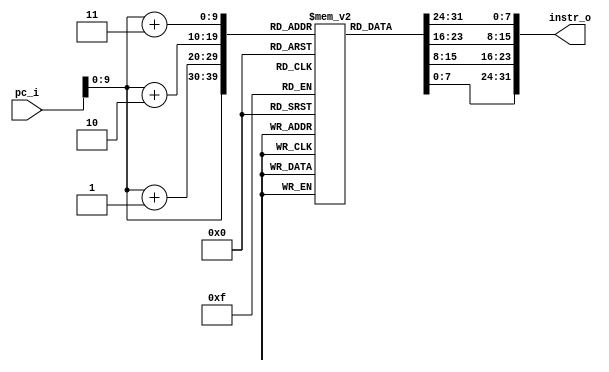
module inst_rom(
    input [63:0] pc_i,
    output [31:0] instr_o
);

    reg[7:0] instr_mem[1023:0];

    initial begin
        // 0000000000000000 <_start>:
        // 0x0: addi	x2,x0,512
        instr_mem[3] = 'h20;
        instr_mem[2] = 'h00;
        instr_mem[1] = 'h01;
        instr_mem[0] = 'h13;
        // 0x4: addi	x2,x2,-16
        instr_mem[7] = 'hff;
        instr_mem[6] = 'h01;
        instr_mem[5] = 'h01;
        instr_mem[4] = 'h13;
        // 0x8: sd	x1,8(x2)
        instr_mem[11] = 'h00;
        instr_mem[10] = 'h11;
        instr_mem[9] = 'h34;
        instr_mem[8] = 'h23;
        // 0xc: sd	x8,0(x2)
        instr_mem[15] = 'h00;
        instr_mem[14] = 'h81;
        instr_mem[13] = 'h30;
        instr_mem[12] = 'h23;
        // 0x10: addi	x8,x2,16
        instr_mem[19] = 'h01;
        instr_mem[18] = 'h01;
        instr_mem[17] = 'h04;
        instr_mem[16] = 'h13;
        // 0x14: addi	x11,x0,9
        instr_mem[23] = 'h00;
        instr_mem[22] = 'h90;
        instr_mem[21] = 'h05;
        instr_mem[20] = 'h93;
        // 0x18: lui	x15,0x1
        instr_mem[27] = 'h00;
        instr_mem[26] = 'h00;
        instr_mem[25] = 'h17;
        instr_mem[24] = 'hb7;
        // 0x1c: addi	x10,x15,712 # 12c8 <elements>
        instr_mem[31] = 'h2c;
        instr_mem[30] = 'h87;
        instr_mem[29] = 'h85;
        instr_mem[28] = 'h13;
        // 0x20: jal	x1,1fc <heap_sort>
        instr_mem[35] = 'h1d;
        instr_mem[34] = 'hc0;
        instr_mem[33] = 'h00;
        instr_mem[32] = 'hef;
        // 0x24: addi	x15,x0,0
        instr_mem[39] = 'h00;
        instr_mem[38] = 'h00;
        instr_mem[37] = 'h07;
        instr_mem[36] = 'h93;
        // 0x28: addi	x10,x15,0
        instr_mem[43] = 'h00;
        instr_mem[42] = 'h07;
        instr_mem[41] = 'h85;
        instr_mem[40] = 'h13;
        // 0x2c: ld	x1,8(x2)
        instr_mem[47] = 'h00;
        instr_mem[46] = 'h81;
        instr_mem[45] = 'h30;
        instr_mem[44] = 'h83;
        // 0x30: ld	x8,0(x2)
        instr_mem[51] = 'h00;
        instr_mem[50] = 'h01;
        instr_mem[49] = 'h34;
        instr_mem[48] = 'h03;
        // 0x34: addi	x2,x2,16
        instr_mem[55] = 'h01;
        instr_mem[54] = 'h01;
        instr_mem[53] = 'h01;
        instr_mem[52] = 'h13;
        // 0x38: jalr	x0,0(x1)
        instr_mem[59] = 'h00;
        instr_mem[58] = 'h00;
        instr_mem[57] = 'h80;
        instr_mem[56] = 'h67;
        // 000000000000003c <swap>:
        // 0x3c: addi	x2,x2,-32
        instr_mem[63] = 'hfe;
        instr_mem[62] = 'h01;
        instr_mem[61] = 'h01;
        instr_mem[60] = 'h13;
        // 0x40: sd	x8,24(x2)
        instr_mem[67] = 'h00;
        instr_mem[66] = 'h81;
        instr_mem[65] = 'h3c;
        instr_mem[64] = 'h23;
        // 0x44: sd	x9,16(x2)
        instr_mem[71] = 'h00;
        instr_mem[70] = 'h91;
        instr_mem[69] = 'h38;
        instr_mem[68] = 'h23;
        // 0x48: addi	x8,x2,32
        instr_mem[75] = 'h02;
        instr_mem[74] = 'h01;
        instr_mem[73] = 'h04;
        instr_mem[72] = 'h13;
        // 0x4c: sd	x10,-24(x8)
        instr_mem[79] = 'hfe;
        instr_mem[78] = 'ha4;
        instr_mem[77] = 'h34;
        instr_mem[76] = 'h23;
        // 0x50: addi	x15,x11,0
        instr_mem[83] = 'h00;
        instr_mem[82] = 'h05;
        instr_mem[81] = 'h87;
        instr_mem[80] = 'h93;
        // 0x54: addi	x14,x12,0
        instr_mem[87] = 'h00;
        instr_mem[86] = 'h06;
        instr_mem[85] = 'h07;
        instr_mem[84] = 'h13;
        // 0x58: sw	x15,-28(x8)
        instr_mem[91] = 'hfe;
        instr_mem[90] = 'hf4;
        instr_mem[89] = 'h22;
        instr_mem[88] = 'h23;
        // 0x5c: addi	x15,x14,0
        instr_mem[95] = 'h00;
        instr_mem[94] = 'h07;
        instr_mem[93] = 'h07;
        instr_mem[92] = 'h93;
        // 0x60: sw	x15,-32(x8)
        instr_mem[99] = 'hfe;
        instr_mem[98] = 'hf4;
        instr_mem[97] = 'h20;
        instr_mem[96] = 'h23;
        // 0x64: lw	x15,-28(x8)
        instr_mem[103] = 'hfe;
        instr_mem[102] = 'h44;
        instr_mem[101] = 'h27;
        instr_mem[100] = 'h83;
        // 0x68: slli	x15,x15,0x2
        instr_mem[107] = 'h00;
        instr_mem[106] = 'h27;
        instr_mem[105] = 'h97;
        instr_mem[104] = 'h93;
        // 0x6c: ld	x14,-24(x8)
        instr_mem[111] = 'hfe;
        instr_mem[110] = 'h84;
        instr_mem[109] = 'h37;
        instr_mem[108] = 'h03;
        // 0x70: add	x15,x14,x15
        instr_mem[115] = 'h00;
        instr_mem[114] = 'hf7;
        instr_mem[113] = 'h07;
        instr_mem[112] = 'hb3;
        // 0x74: lw	x9,0(x15)
        instr_mem[119] = 'h00;
        instr_mem[118] = 'h07;
        instr_mem[117] = 'ha4;
        instr_mem[116] = 'h83;
        // 0x78: lw	x15,-32(x8)
        instr_mem[123] = 'hfe;
        instr_mem[122] = 'h04;
        instr_mem[121] = 'h27;
        instr_mem[120] = 'h83;
        // 0x7c: slli	x15,x15,0x2
        instr_mem[127] = 'h00;
        instr_mem[126] = 'h27;
        instr_mem[125] = 'h97;
        instr_mem[124] = 'h93;
        // 0x80: ld	x14,-24(x8)
        instr_mem[131] = 'hfe;
        instr_mem[130] = 'h84;
        instr_mem[129] = 'h37;
        instr_mem[128] = 'h03;
        // 0x84: add	x14,x14,x15
        instr_mem[135] = 'h00;
        instr_mem[134] = 'hf7;
        instr_mem[133] = 'h07;
        instr_mem[132] = 'h33;
        // 0x88: lw	x15,-28(x8)
        instr_mem[139] = 'hfe;
        instr_mem[138] = 'h44;
        instr_mem[137] = 'h27;
        instr_mem[136] = 'h83;
        // 0x8c: slli	x15,x15,0x2
        instr_mem[143] = 'h00;
        instr_mem[142] = 'h27;
        instr_mem[141] = 'h97;
        instr_mem[140] = 'h93;
        // 0x90: ld	x13,-24(x8)
        instr_mem[147] = 'hfe;
        instr_mem[146] = 'h84;
        instr_mem[145] = 'h36;
        instr_mem[144] = 'h83;
        // 0x94: add	x15,x13,x15
        instr_mem[151] = 'h00;
        instr_mem[150] = 'hf6;
        instr_mem[149] = 'h87;
        instr_mem[148] = 'hb3;
        // 0x98: lw	x14,0(x14)
        instr_mem[155] = 'h00;
        instr_mem[154] = 'h07;
        instr_mem[153] = 'h27;
        instr_mem[152] = 'h03;
        // 0x9c: sw	x14,0(x15)
        instr_mem[159] = 'h00;
        instr_mem[158] = 'he7;
        instr_mem[157] = 'ha0;
        instr_mem[156] = 'h23;
        // 0xa0: lw	x15,-32(x8)
        instr_mem[163] = 'hfe;
        instr_mem[162] = 'h04;
        instr_mem[161] = 'h27;
        instr_mem[160] = 'h83;
        // 0xa4: slli	x15,x15,0x2
        instr_mem[167] = 'h00;
        instr_mem[166] = 'h27;
        instr_mem[165] = 'h97;
        instr_mem[164] = 'h93;
        // 0xa8: ld	x14,-24(x8)
        instr_mem[171] = 'hfe;
        instr_mem[170] = 'h84;
        instr_mem[169] = 'h37;
        instr_mem[168] = 'h03;
        // 0xac: add	x15,x14,x15
        instr_mem[175] = 'h00;
        instr_mem[174] = 'hf7;
        instr_mem[173] = 'h07;
        instr_mem[172] = 'hb3;
        // 0xb0: sw	x9,0(x15)
        instr_mem[179] = 'h00;
        instr_mem[178] = 'h97;
        instr_mem[177] = 'ha0;
        instr_mem[176] = 'h23;
        // 0xb4: addi	x0,x0,0
        instr_mem[183] = 'h00;
        instr_mem[182] = 'h00;
        instr_mem[181] = 'h00;
        instr_mem[180] = 'h13;
        // 0xb8: ld	x8,24(x2)
        instr_mem[187] = 'h01;
        instr_mem[186] = 'h81;
        instr_mem[185] = 'h34;
        instr_mem[184] = 'h03;
        // 0xbc: ld	x9,16(x2)
        instr_mem[191] = 'h01;
        instr_mem[190] = 'h01;
        instr_mem[189] = 'h34;
        instr_mem[188] = 'h83;
        // 0xc0: addi	x2,x2,32
        instr_mem[195] = 'h02;
        instr_mem[194] = 'h01;
        instr_mem[193] = 'h01;
        instr_mem[192] = 'h13;
        // 0xc4: jalr	x0,0(x1)
        instr_mem[199] = 'h00;
        instr_mem[198] = 'h00;
        instr_mem[197] = 'h80;
        instr_mem[196] = 'h67;
        // 00000000000000c8 <adjust>:
        // 0xc8: addi	x2,x2,-48
        instr_mem[203] = 'hfd;
        instr_mem[202] = 'h01;
        instr_mem[201] = 'h01;
        instr_mem[200] = 'h13;
        // 0xcc: sd	x8,40(x2)
        instr_mem[207] = 'h02;
        instr_mem[206] = 'h81;
        instr_mem[205] = 'h34;
        instr_mem[204] = 'h23;
        // 0xd0: sd	x9,32(x2)
        instr_mem[211] = 'h02;
        instr_mem[210] = 'h91;
        instr_mem[209] = 'h30;
        instr_mem[208] = 'h23;
        // 0xd4: sd	x18,24(x2)
        instr_mem[215] = 'h01;
        instr_mem[214] = 'h21;
        instr_mem[213] = 'h3c;
        instr_mem[212] = 'h23;
        // 0xd8: addi	x8,x2,48
        instr_mem[219] = 'h03;
        instr_mem[218] = 'h01;
        instr_mem[217] = 'h04;
        instr_mem[216] = 'h13;
        // 0xdc: sd	x10,-40(x8)
        instr_mem[223] = 'hfc;
        instr_mem[222] = 'ha4;
        instr_mem[221] = 'h3c;
        instr_mem[220] = 'h23;
        // 0xe0: addi	x15,x11,0
        instr_mem[227] = 'h00;
        instr_mem[226] = 'h05;
        instr_mem[225] = 'h87;
        instr_mem[224] = 'h93;
        // 0xe4: addi	x14,x12,0
        instr_mem[231] = 'h00;
        instr_mem[230] = 'h06;
        instr_mem[229] = 'h07;
        instr_mem[228] = 'h13;
        // 0xe8: sw	x15,-44(x8)
        instr_mem[235] = 'hfc;
        instr_mem[234] = 'hf4;
        instr_mem[233] = 'h2a;
        instr_mem[232] = 'h23;
        // 0xec: addi	x15,x14,0
        instr_mem[239] = 'h00;
        instr_mem[238] = 'h07;
        instr_mem[237] = 'h07;
        instr_mem[236] = 'h93;
        // 0xf0: sw	x15,-48(x8)
        instr_mem[243] = 'hfc;
        instr_mem[242] = 'hf4;
        instr_mem[241] = 'h28;
        instr_mem[240] = 'h23;
        // 0xf4: lw	x15,-44(x8)
        instr_mem[247] = 'hfd;
        instr_mem[246] = 'h44;
        instr_mem[245] = 'h27;
        instr_mem[244] = 'h83;
        // 0xf8: slli	x15,x15,0x2
        instr_mem[251] = 'h00;
        instr_mem[250] = 'h27;
        instr_mem[249] = 'h97;
        instr_mem[248] = 'h93;
        // 0xfc: ld	x14,-40(x8)
        instr_mem[255] = 'hfd;
        instr_mem[254] = 'h84;
        instr_mem[253] = 'h37;
        instr_mem[252] = 'h03;
        // 0x100: add	x15,x14,x15
        instr_mem[259] = 'h00;
        instr_mem[258] = 'hf7;
        instr_mem[257] = 'h07;
        instr_mem[256] = 'hb3;
        // 0x104: lw	x18,0(x15)
        instr_mem[263] = 'h00;
        instr_mem[262] = 'h07;
        instr_mem[261] = 'ha9;
        instr_mem[260] = 'h03;
        // 0x108: lw	x15,-44(x8)
        instr_mem[267] = 'hfd;
        instr_mem[266] = 'h44;
        instr_mem[265] = 'h27;
        instr_mem[264] = 'h83;
        // 0x10c: slliw	x15,x15,0x1
        instr_mem[271] = 'h00;
        instr_mem[270] = 'h17;
        instr_mem[269] = 'h97;
        instr_mem[268] = 'h9b;
        // 0x110: addiw	x9,x15,0
        instr_mem[275] = 'h00;
        instr_mem[274] = 'h07;
        instr_mem[273] = 'h84;
        instr_mem[272] = 'h9b;
        // 0x114: jal	x0,1b4 <adjust+0xec>
        instr_mem[279] = 'h0a;
        instr_mem[278] = 'h00;
        instr_mem[277] = 'h00;
        instr_mem[276] = 'h6f;
        // 0x118: lw	x15,-48(x8)
        instr_mem[283] = 'hfd;
        instr_mem[282] = 'h04;
        instr_mem[281] = 'h27;
        instr_mem[280] = 'h83;
        // 0x11c: addiw	x15,x15,0
        instr_mem[287] = 'h00;
        instr_mem[286] = 'h07;
        instr_mem[285] = 'h87;
        instr_mem[284] = 'h9b;
        // 0x120: addi	x14,x9,0
        instr_mem[291] = 'h00;
        instr_mem[290] = 'h04;
        instr_mem[289] = 'h87;
        instr_mem[288] = 'h13;
        // 0x124: bge	x14,x15,164 <adjust+0x9c>
        instr_mem[295] = 'h04;
        instr_mem[294] = 'hf7;
        instr_mem[293] = 'h50;
        instr_mem[292] = 'h63;
        // 0x128: addi	x15,x9,0
        instr_mem[299] = 'h00;
        instr_mem[298] = 'h04;
        instr_mem[297] = 'h87;
        instr_mem[296] = 'h93;
        // 0x12c: slli	x15,x15,0x2
        instr_mem[303] = 'h00;
        instr_mem[302] = 'h27;
        instr_mem[301] = 'h97;
        instr_mem[300] = 'h93;
        // 0x130: ld	x14,-40(x8)
        instr_mem[307] = 'hfd;
        instr_mem[306] = 'h84;
        instr_mem[305] = 'h37;
        instr_mem[304] = 'h03;
        // 0x134: add	x15,x14,x15
        instr_mem[311] = 'h00;
        instr_mem[310] = 'hf7;
        instr_mem[309] = 'h07;
        instr_mem[308] = 'hb3;
        // 0x138: lw	x13,0(x15)
        instr_mem[315] = 'h00;
        instr_mem[314] = 'h07;
        instr_mem[313] = 'ha6;
        instr_mem[312] = 'h83;
        // 0x13c: addi	x15,x9,0
        instr_mem[319] = 'h00;
        instr_mem[318] = 'h04;
        instr_mem[317] = 'h87;
        instr_mem[316] = 'h93;
        // 0x140: addi	x15,x15,1
        instr_mem[323] = 'h00;
        instr_mem[322] = 'h17;
        instr_mem[321] = 'h87;
        instr_mem[320] = 'h93;
        // 0x144: slli	x15,x15,0x2
        instr_mem[327] = 'h00;
        instr_mem[326] = 'h27;
        instr_mem[325] = 'h97;
        instr_mem[324] = 'h93;
        // 0x148: ld	x14,-40(x8)
        instr_mem[331] = 'hfd;
        instr_mem[330] = 'h84;
        instr_mem[329] = 'h37;
        instr_mem[328] = 'h03;
        // 0x14c: add	x15,x14,x15
        instr_mem[335] = 'h00;
        instr_mem[334] = 'hf7;
        instr_mem[333] = 'h07;
        instr_mem[332] = 'hb3;
        // 0x150: lw	x15,0(x15)
        instr_mem[339] = 'h00;
        instr_mem[338] = 'h07;
        instr_mem[337] = 'ha7;
        instr_mem[336] = 'h83;
        // 0x154: addi	x14,x13,0
        instr_mem[343] = 'h00;
        instr_mem[342] = 'h06;
        instr_mem[341] = 'h87;
        instr_mem[340] = 'h13;
        // 0x158: bge	x14,x15,164 <adjust+0x9c>
        instr_mem[347] = 'h00;
        instr_mem[346] = 'hf7;
        instr_mem[345] = 'h56;
        instr_mem[344] = 'h63;
        // 0x15c: addiw	x15,x9,1
        instr_mem[351] = 'h00;
        instr_mem[350] = 'h14;
        instr_mem[349] = 'h87;
        instr_mem[348] = 'h9b;
        // 0x160: addiw	x9,x15,0
        instr_mem[355] = 'h00;
        instr_mem[354] = 'h07;
        instr_mem[353] = 'h84;
        instr_mem[352] = 'h9b;
        // 0x164: addi	x15,x9,0
        instr_mem[359] = 'h00;
        instr_mem[358] = 'h04;
        instr_mem[357] = 'h87;
        instr_mem[356] = 'h93;
        // 0x168: slli	x15,x15,0x2
        instr_mem[363] = 'h00;
        instr_mem[362] = 'h27;
        instr_mem[361] = 'h97;
        instr_mem[360] = 'h93;
        // 0x16c: ld	x14,-40(x8)
        instr_mem[367] = 'hfd;
        instr_mem[366] = 'h84;
        instr_mem[365] = 'h37;
        instr_mem[364] = 'h03;
        // 0x170: add	x15,x14,x15
        instr_mem[371] = 'h00;
        instr_mem[370] = 'hf7;
        instr_mem[369] = 'h07;
        instr_mem[368] = 'hb3;
        // 0x174: lw	x15,0(x15)
        instr_mem[375] = 'h00;
        instr_mem[374] = 'h07;
        instr_mem[373] = 'ha7;
        instr_mem[372] = 'h83;
        // 0x178: addi	x14,x18,0
        instr_mem[379] = 'h00;
        instr_mem[378] = 'h09;
        instr_mem[377] = 'h07;
        instr_mem[376] = 'h13;
        // 0x17c: blt	x15,x14,1c8 <adjust+0x100>
        instr_mem[383] = 'h04;
        instr_mem[382] = 'he7;
        instr_mem[381] = 'hc6;
        instr_mem[380] = 'h63;
        // 0x180: addi	x15,x9,0
        instr_mem[387] = 'h00;
        instr_mem[386] = 'h04;
        instr_mem[385] = 'h87;
        instr_mem[384] = 'h93;
        // 0x184: slli	x15,x15,0x2
        instr_mem[391] = 'h00;
        instr_mem[390] = 'h27;
        instr_mem[389] = 'h97;
        instr_mem[388] = 'h93;
        // 0x188: ld	x14,-40(x8)
        instr_mem[395] = 'hfd;
        instr_mem[394] = 'h84;
        instr_mem[393] = 'h37;
        instr_mem[392] = 'h03;
        // 0x18c: add	x14,x14,x15
        instr_mem[399] = 'h00;
        instr_mem[398] = 'hf7;
        instr_mem[397] = 'h07;
        instr_mem[396] = 'h33;
        // 0x190: sraiw	x15,x9,0x1
        instr_mem[403] = 'h40;
        instr_mem[402] = 'h14;
        instr_mem[401] = 'hd7;
        instr_mem[400] = 'h9b;
        // 0x194: addiw	x15,x15,0
        instr_mem[407] = 'h00;
        instr_mem[406] = 'h07;
        instr_mem[405] = 'h87;
        instr_mem[404] = 'h9b;
        // 0x198: slli	x15,x15,0x2
        instr_mem[411] = 'h00;
        instr_mem[410] = 'h27;
        instr_mem[409] = 'h97;
        instr_mem[408] = 'h93;
        // 0x19c: ld	x13,-40(x8)
        instr_mem[415] = 'hfd;
        instr_mem[414] = 'h84;
        instr_mem[413] = 'h36;
        instr_mem[412] = 'h83;
        // 0x1a0: add	x15,x13,x15
        instr_mem[419] = 'h00;
        instr_mem[418] = 'hf6;
        instr_mem[417] = 'h87;
        instr_mem[416] = 'hb3;
        // 0x1a4: lw	x14,0(x14)
        instr_mem[423] = 'h00;
        instr_mem[422] = 'h07;
        instr_mem[421] = 'h27;
        instr_mem[420] = 'h03;
        // 0x1a8: sw	x14,0(x15)
        instr_mem[427] = 'h00;
        instr_mem[426] = 'he7;
        instr_mem[425] = 'ha0;
        instr_mem[424] = 'h23;
        // 0x1ac: slliw	x15,x9,0x1
        instr_mem[431] = 'h00;
        instr_mem[430] = 'h14;
        instr_mem[429] = 'h97;
        instr_mem[428] = 'h9b;
        // 0x1b0: addiw	x9,x15,0
        instr_mem[435] = 'h00;
        instr_mem[434] = 'h07;
        instr_mem[433] = 'h84;
        instr_mem[432] = 'h9b;
        // 0x1b4: lw	x15,-48(x8)
        instr_mem[439] = 'hfd;
        instr_mem[438] = 'h04;
        instr_mem[437] = 'h27;
        instr_mem[436] = 'h83;
        // 0x1b8: addiw	x15,x15,0
        instr_mem[443] = 'h00;
        instr_mem[442] = 'h07;
        instr_mem[441] = 'h87;
        instr_mem[440] = 'h9b;
        // 0x1bc: addi	x14,x9,0
        instr_mem[447] = 'h00;
        instr_mem[446] = 'h04;
        instr_mem[445] = 'h87;
        instr_mem[444] = 'h13;
        // 0x1c0: bge	x15,x14,118 <adjust+0x50>
        instr_mem[451] = 'hf4;
        instr_mem[450] = 'he7;
        instr_mem[449] = 'hdc;
        instr_mem[448] = 'he3;
        // 0x1c4: jal	x0,1cc <adjust+0x104>
        instr_mem[455] = 'h00;
        instr_mem[454] = 'h80;
        instr_mem[453] = 'h00;
        instr_mem[452] = 'h6f;
        // 0x1c8: addi	x0,x0,0
        instr_mem[459] = 'h00;
        instr_mem[458] = 'h00;
        instr_mem[457] = 'h00;
        instr_mem[456] = 'h13;
        // 0x1cc: sraiw	x15,x9,0x1
        instr_mem[463] = 'h40;
        instr_mem[462] = 'h14;
        instr_mem[461] = 'hd7;
        instr_mem[460] = 'h9b;
        // 0x1d0: addiw	x15,x15,0
        instr_mem[467] = 'h00;
        instr_mem[466] = 'h07;
        instr_mem[465] = 'h87;
        instr_mem[464] = 'h9b;
        // 0x1d4: slli	x15,x15,0x2
        instr_mem[471] = 'h00;
        instr_mem[470] = 'h27;
        instr_mem[469] = 'h97;
        instr_mem[468] = 'h93;
        // 0x1d8: ld	x14,-40(x8)
        instr_mem[475] = 'hfd;
        instr_mem[474] = 'h84;
        instr_mem[473] = 'h37;
        instr_mem[472] = 'h03;
        // 0x1dc: add	x15,x14,x15
        instr_mem[479] = 'h00;
        instr_mem[478] = 'hf7;
        instr_mem[477] = 'h07;
        instr_mem[476] = 'hb3;
        // 0x1e0: sw	x18,0(x15)
        instr_mem[483] = 'h01;
        instr_mem[482] = 'h27;
        instr_mem[481] = 'ha0;
        instr_mem[480] = 'h23;
        // 0x1e4: addi	x0,x0,0
        instr_mem[487] = 'h00;
        instr_mem[486] = 'h00;
        instr_mem[485] = 'h00;
        instr_mem[484] = 'h13;
        // 0x1e8: ld	x8,40(x2)
        instr_mem[491] = 'h02;
        instr_mem[490] = 'h81;
        instr_mem[489] = 'h34;
        instr_mem[488] = 'h03;
        // 0x1ec: ld	x9,32(x2)
        instr_mem[495] = 'h02;
        instr_mem[494] = 'h01;
        instr_mem[493] = 'h34;
        instr_mem[492] = 'h83;
        // 0x1f0: ld	x18,24(x2)
        instr_mem[499] = 'h01;
        instr_mem[498] = 'h81;
        instr_mem[497] = 'h39;
        instr_mem[496] = 'h03;
        // 0x1f4: addi	x2,x2,48
        instr_mem[503] = 'h03;
        instr_mem[502] = 'h01;
        instr_mem[501] = 'h01;
        instr_mem[500] = 'h13;
        // 0x1f8: jalr	x0,0(x1)
        instr_mem[507] = 'h00;
        instr_mem[506] = 'h00;
        instr_mem[505] = 'h80;
        instr_mem[504] = 'h67;
        // 00000000000001fc <heap_sort>:
        // 0x1fc: addi	x2,x2,-48
        instr_mem[511] = 'hfd;
        instr_mem[510] = 'h01;
        instr_mem[509] = 'h01;
        instr_mem[508] = 'h13;
        // 0x200: sd	x1,40(x2)
        instr_mem[515] = 'h02;
        instr_mem[514] = 'h11;
        instr_mem[513] = 'h34;
        instr_mem[512] = 'h23;
        // 0x204: sd	x8,32(x2)
        instr_mem[519] = 'h02;
        instr_mem[518] = 'h81;
        instr_mem[517] = 'h30;
        instr_mem[516] = 'h23;
        // 0x208: addi	x8,x2,48
        instr_mem[523] = 'h03;
        instr_mem[522] = 'h01;
        instr_mem[521] = 'h04;
        instr_mem[520] = 'h13;
        // 0x20c: sd	x10,-40(x8)
        instr_mem[527] = 'hfc;
        instr_mem[526] = 'ha4;
        instr_mem[525] = 'h3c;
        instr_mem[524] = 'h23;
        // 0x210: addi	x15,x11,0
        instr_mem[531] = 'h00;
        instr_mem[530] = 'h05;
        instr_mem[529] = 'h87;
        instr_mem[528] = 'h93;
        // 0x214: sw	x15,-44(x8)
        instr_mem[535] = 'hfc;
        instr_mem[534] = 'hf4;
        instr_mem[533] = 'h2a;
        instr_mem[532] = 'h23;
        // 0x218: lw	x15,-44(x8)
        instr_mem[539] = 'hfd;
        instr_mem[538] = 'h44;
        instr_mem[537] = 'h27;
        instr_mem[536] = 'h83;
        // 0x21c: sraiw	x15,x15,0x1
        instr_mem[543] = 'h40;
        instr_mem[542] = 'h17;
        instr_mem[541] = 'hd7;
        instr_mem[540] = 'h9b;
        // 0x220: sw	x15,-20(x8)
        instr_mem[547] = 'hfe;
        instr_mem[546] = 'hf4;
        instr_mem[545] = 'h26;
        instr_mem[544] = 'h23;
        // 0x224: jal	x0,24c <heap_sort+0x50>
        instr_mem[551] = 'h02;
        instr_mem[550] = 'h80;
        instr_mem[549] = 'h00;
        instr_mem[548] = 'h6f;
        // 0x228: lw	x14,-44(x8)
        instr_mem[555] = 'hfd;
        instr_mem[554] = 'h44;
        instr_mem[553] = 'h27;
        instr_mem[552] = 'h03;
        // 0x22c: lw	x15,-20(x8)
        instr_mem[559] = 'hfe;
        instr_mem[558] = 'hc4;
        instr_mem[557] = 'h27;
        instr_mem[556] = 'h83;
        // 0x230: addi	x12,x14,0
        instr_mem[563] = 'h00;
        instr_mem[562] = 'h07;
        instr_mem[561] = 'h06;
        instr_mem[560] = 'h13;
        // 0x234: addi	x11,x15,0
        instr_mem[567] = 'h00;
        instr_mem[566] = 'h07;
        instr_mem[565] = 'h85;
        instr_mem[564] = 'h93;
        // 0x238: ld	x10,-40(x8)
        instr_mem[571] = 'hfd;
        instr_mem[570] = 'h84;
        instr_mem[569] = 'h35;
        instr_mem[568] = 'h03;
        // 0x23c: jal	x1,c8 <adjust>
        instr_mem[575] = 'he8;
        instr_mem[574] = 'hdf;
        instr_mem[573] = 'hf0;
        instr_mem[572] = 'hef;
        // 0x240: lw	x15,-20(x8)
        instr_mem[579] = 'hfe;
        instr_mem[578] = 'hc4;
        instr_mem[577] = 'h27;
        instr_mem[576] = 'h83;
        // 0x244: addiw	x15,x15,-1
        instr_mem[583] = 'hff;
        instr_mem[582] = 'hf7;
        instr_mem[581] = 'h87;
        instr_mem[580] = 'h9b;
        // 0x248: sw	x15,-20(x8)
        instr_mem[587] = 'hfe;
        instr_mem[586] = 'hf4;
        instr_mem[585] = 'h26;
        instr_mem[584] = 'h23;
        // 0x24c: lw	x15,-20(x8)
        instr_mem[591] = 'hfe;
        instr_mem[590] = 'hc4;
        instr_mem[589] = 'h27;
        instr_mem[588] = 'h83;
        // 0x250: addiw	x15,x15,0
        instr_mem[595] = 'h00;
        instr_mem[594] = 'h07;
        instr_mem[593] = 'h87;
        instr_mem[592] = 'h9b;
        // 0x254: blt	x0,x15,228 <heap_sort+0x2c>
        instr_mem[599] = 'hfc;
        instr_mem[598] = 'hf0;
        instr_mem[597] = 'h4a;
        instr_mem[596] = 'he3;
        // 0x258: lw	x15,-44(x8)
        instr_mem[603] = 'hfd;
        instr_mem[602] = 'h44;
        instr_mem[601] = 'h27;
        instr_mem[600] = 'h83;
        // 0x25c: sw	x15,-24(x8)
        instr_mem[607] = 'hfe;
        instr_mem[606] = 'hf4;
        instr_mem[605] = 'h24;
        instr_mem[604] = 'h23;
        // 0x260: jal	x0,2a0 <heap_sort+0xa4>
        instr_mem[611] = 'h04;
        instr_mem[610] = 'h00;
        instr_mem[609] = 'h00;
        instr_mem[608] = 'h6f;
        // 0x264: lw	x15,-24(x8)
        instr_mem[615] = 'hfe;
        instr_mem[614] = 'h84;
        instr_mem[613] = 'h27;
        instr_mem[612] = 'h83;
        // 0x268: addi	x12,x15,0
        instr_mem[619] = 'h00;
        instr_mem[618] = 'h07;
        instr_mem[617] = 'h86;
        instr_mem[616] = 'h13;
        // 0x26c: addi	x11,x0,1
        instr_mem[623] = 'h00;
        instr_mem[622] = 'h10;
        instr_mem[621] = 'h05;
        instr_mem[620] = 'h93;
        // 0x270: ld	x10,-40(x8)
        instr_mem[627] = 'hfd;
        instr_mem[626] = 'h84;
        instr_mem[625] = 'h35;
        instr_mem[624] = 'h03;
        // 0x274: jal	x1,3c <swap>
        instr_mem[631] = 'hdc;
        instr_mem[630] = 'h9f;
        instr_mem[629] = 'hf0;
        instr_mem[628] = 'hef;
        // 0x278: lw	x15,-24(x8)
        instr_mem[635] = 'hfe;
        instr_mem[634] = 'h84;
        instr_mem[633] = 'h27;
        instr_mem[632] = 'h83;
        // 0x27c: addiw	x15,x15,-1
        instr_mem[639] = 'hff;
        instr_mem[638] = 'hf7;
        instr_mem[637] = 'h87;
        instr_mem[636] = 'h9b;
        // 0x280: addiw	x15,x15,0
        instr_mem[643] = 'h00;
        instr_mem[642] = 'h07;
        instr_mem[641] = 'h87;
        instr_mem[640] = 'h9b;
        // 0x284: addi	x12,x15,0
        instr_mem[647] = 'h00;
        instr_mem[646] = 'h07;
        instr_mem[645] = 'h86;
        instr_mem[644] = 'h13;
        // 0x288: addi	x11,x0,1
        instr_mem[651] = 'h00;
        instr_mem[650] = 'h10;
        instr_mem[649] = 'h05;
        instr_mem[648] = 'h93;
        // 0x28c: ld	x10,-40(x8)
        instr_mem[655] = 'hfd;
        instr_mem[654] = 'h84;
        instr_mem[653] = 'h35;
        instr_mem[652] = 'h03;
        // 0x290: jal	x1,c8 <adjust>
        instr_mem[659] = 'he3;
        instr_mem[658] = 'h9f;
        instr_mem[657] = 'hf0;
        instr_mem[656] = 'hef;
        // 0x294: lw	x15,-24(x8)
        instr_mem[663] = 'hfe;
        instr_mem[662] = 'h84;
        instr_mem[661] = 'h27;
        instr_mem[660] = 'h83;
        // 0x298: addiw	x15,x15,-1
        instr_mem[667] = 'hff;
        instr_mem[666] = 'hf7;
        instr_mem[665] = 'h87;
        instr_mem[664] = 'h9b;
        // 0x29c: sw	x15,-24(x8)
        instr_mem[671] = 'hfe;
        instr_mem[670] = 'hf4;
        instr_mem[669] = 'h24;
        instr_mem[668] = 'h23;
        // 0x2a0: lw	x15,-24(x8)
        instr_mem[675] = 'hfe;
        instr_mem[674] = 'h84;
        instr_mem[673] = 'h27;
        instr_mem[672] = 'h83;
        // 0x2a4: addiw	x14,x15,0
        instr_mem[679] = 'h00;
        instr_mem[678] = 'h07;
        instr_mem[677] = 'h87;
        instr_mem[676] = 'h1b;
        // 0x2a8: addi	x15,x0,1
        instr_mem[683] = 'h00;
        instr_mem[682] = 'h10;
        instr_mem[681] = 'h07;
        instr_mem[680] = 'h93;
        // 0x2ac: blt	x15,x14,264 <heap_sort+0x68>
        instr_mem[687] = 'hfa;
        instr_mem[686] = 'he7;
        instr_mem[685] = 'hcc;
        instr_mem[684] = 'he3;
        // 0x2b0: addi	x0,x0,0
        instr_mem[691] = 'h00;
        instr_mem[690] = 'h00;
        instr_mem[689] = 'h00;
        instr_mem[688] = 'h13;
        // 0x2b4: addi	x0,x0,0
        instr_mem[695] = 'h00;
        instr_mem[694] = 'h00;
        instr_mem[693] = 'h00;
        instr_mem[692] = 'h13;
        // 0x2b8: ld	x1,40(x2)
        instr_mem[699] = 'h02;
        instr_mem[698] = 'h81;
        instr_mem[697] = 'h30;
        instr_mem[696] = 'h83;
        // 0x2bc: ld	x8,32(x2)
        instr_mem[703] = 'h02;
        instr_mem[702] = 'h01;
        instr_mem[701] = 'h34;
        instr_mem[700] = 'h03;
        // 0x2c0: addi	x2,x2,48
        instr_mem[707] = 'h03;
        instr_mem[706] = 'h01;
        instr_mem[705] = 'h01;
        instr_mem[704] = 'h13;
        // 0x2c4: jalr	x0,0(x1)
        instr_mem[711] = 'h00;
        instr_mem[710] = 'h00;
        instr_mem[709] = 'h80;
        instr_mem[708] = 'h67;
    end

    assign instr_o = {instr_mem[pc_i + 3],instr_mem[pc_i + 2],instr_mem[pc_i + 1],instr_mem[pc_i]};

endmodule